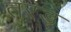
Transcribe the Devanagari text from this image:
तरड्